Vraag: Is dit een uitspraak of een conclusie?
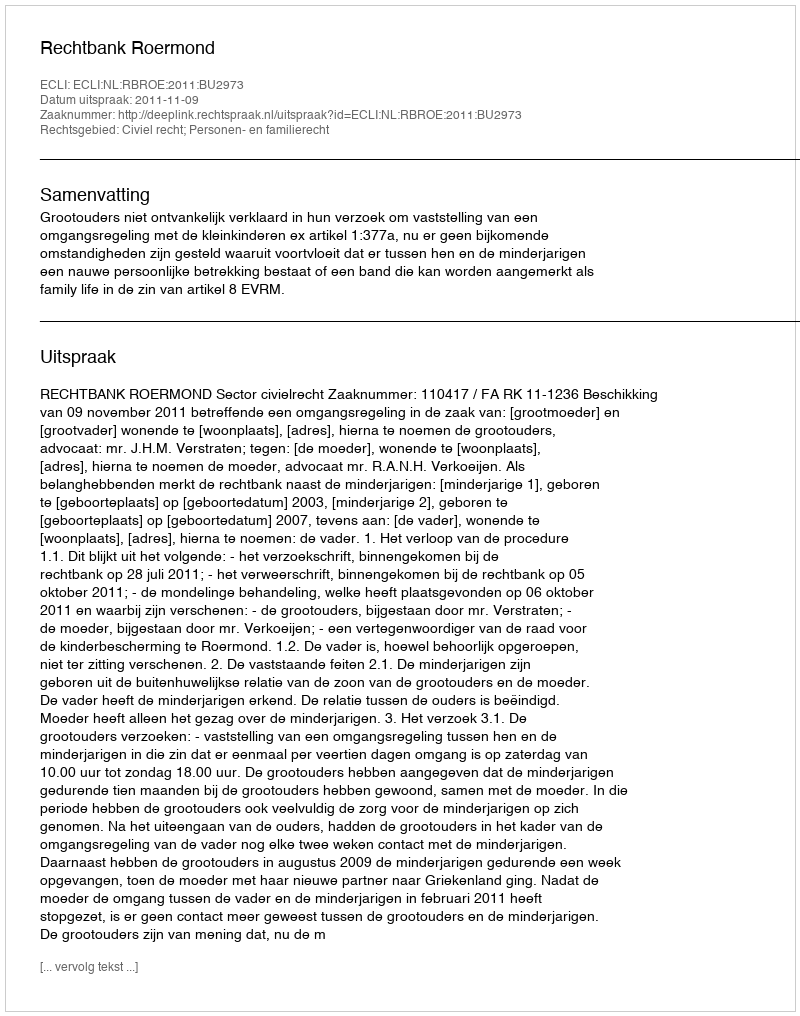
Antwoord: Uitspraak